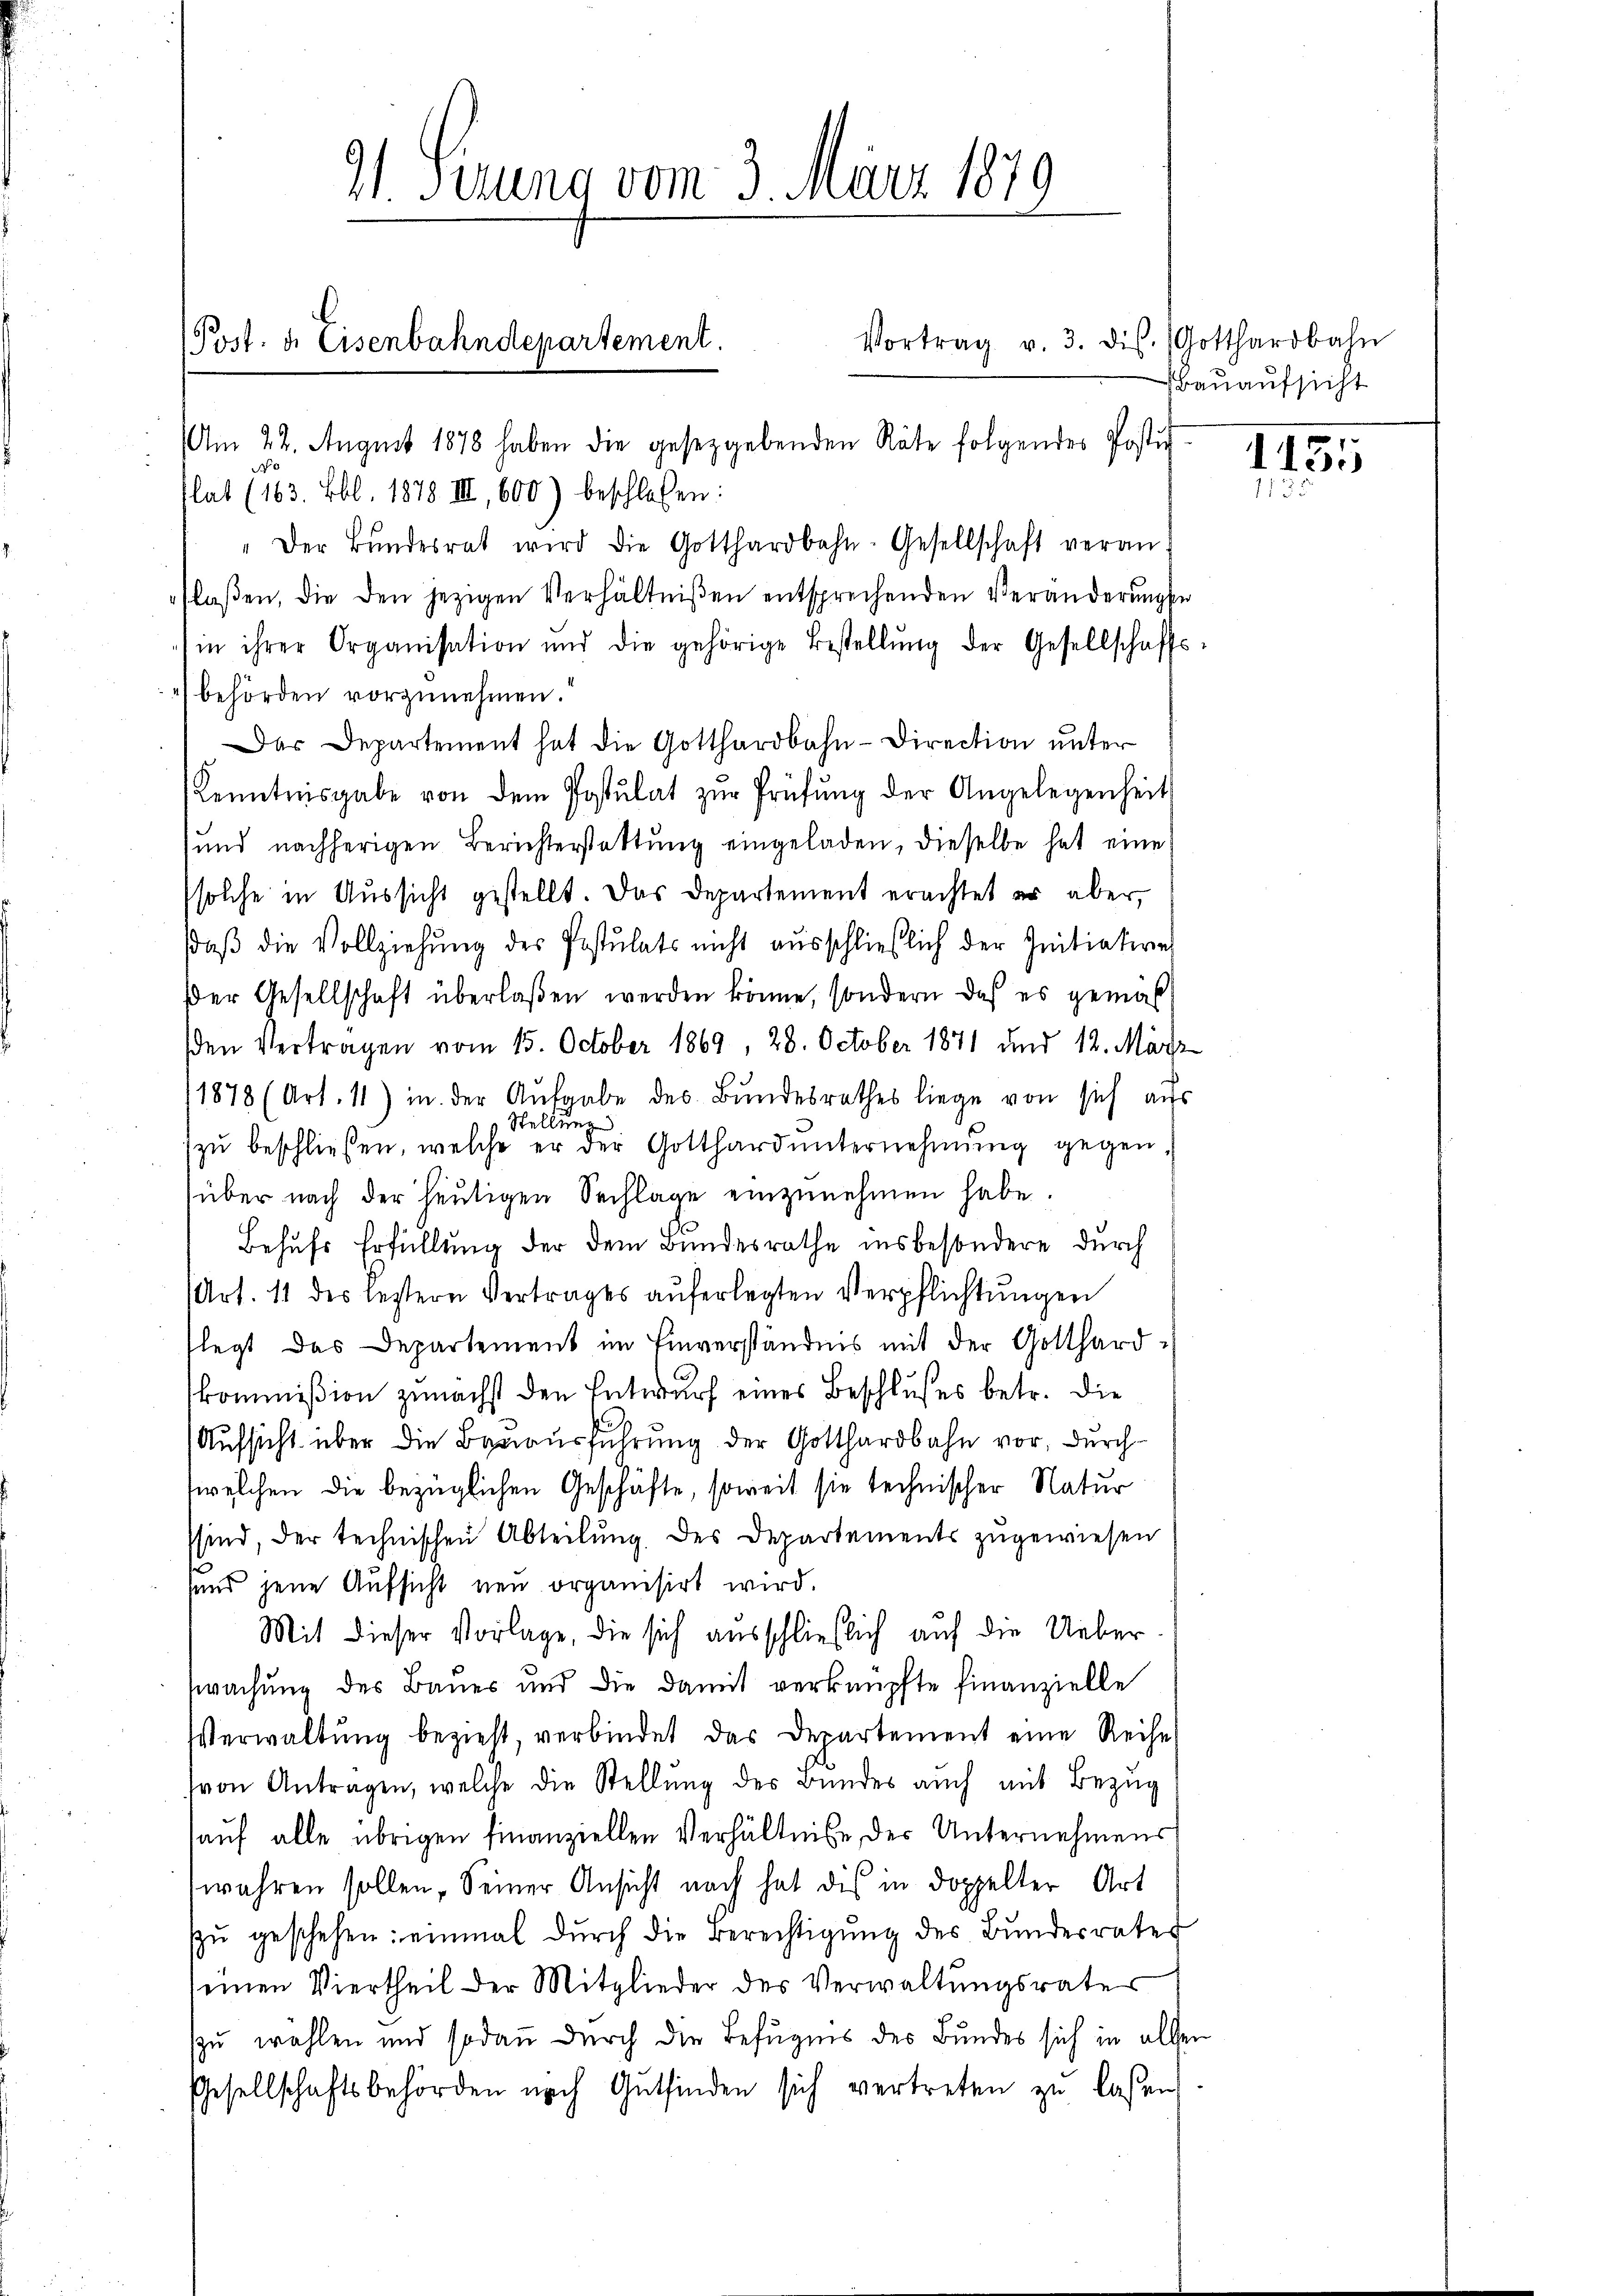
91. Serung vom 3. März 1879
(Post. d. Eisenbahndepartement.

Vortrag v. 3. ds. Gotthardbahn
m 22. August 1878 haben die gesetzgebenden Räte folgendes Postit
No
lat (163. Lbl. 1878 III, 600) beschloßen:
" Der Bŭndesrat wird die Gotthardbahn-Gesellschaft veranflaβen, die den jezigen Verhältniβen entsprechenden Veränderŭngse
in ihrer Organisation und die gehörige Bestellŭng der Gesellschafts-
behörden vorzunehmen.
Der Departement hat die Gotthardbahn-Direction unter
Kenntnisgabe von dem Postulat zŭr Prüfung der Angelegenheit
und nachherigen Berichterstattŭng eingeladen, dieselbe hat eine
solche in Aussicht gestellt. Das Departement erachtet er aber,
daβ die Vollziehŭng des Postulats nicht aŭsschließlich der Initiative
der Gesellschaft überlaßen werden könne, sondern daß es gemäß
den Vertragen vom 15. October 1869, 28. October 1871 und 12. März
1878 (Art. 11) in der Aufgabe des Bundesrathes liege von sich aus
Stellung
zŭ beschließen, welche er der Gotthard ŭnternehmung gegen,
über nach der heutigen Sachlage einzunehmen habe.
Behufs Erfüllung der dem Bundesrathe insbesondere durch
Art. 11 des letztern Vertrages auferlegten Verpflichtungen
flegt das Departement im Einverständnis mit der Gotthardkommißion zunächst den Entwurf eines Beschlußes betr. die
(Aufsicht über die Bauausführung der Gotthardbahn vor, durch
welchen die bezüglichen Geschäfte, soweit sie technischer Natur
ssind, der technischen Abteilŭng des Departements zugewiesen
sund jene Aufsicht neu organisirt wird.
Mit dieser Vorlage, die sich ausschließlich auf die Ueber
swachung des Bauer und die damit verknüpfte finanzielle
Verwaltung bezieht, verbindet das Departement eine Reihe
von Antragen, welche die Stellung des Bundes auch mit Bezug
haŭf alle übrigen finanziellen Verhältnisse der Unternehmens
wahren sollen, Seiner Ansicht nach hat dis in doppelter Art
zŭ geschehen: einmal dŭrch die Berechtigŭng des Bŭndesrates
einen Viertheil der Mitglieder des Verwaltungsrates
szu wahlen und sodann durch die Befugnis des Bundes sich in allen
Gesellschaftsbehörden nach Gutfinden sich vertreten zu laßen

Bauaufsicht

1155
113